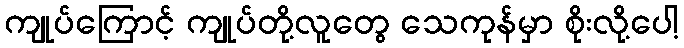
ကျုပ်ကြောင့် ကျုပ်တို့လူတွေ သေကုန်မှာ စိုးလို့ပေါ့